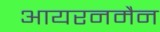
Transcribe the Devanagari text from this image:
आयरनमैन